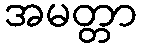
အမတ္တာ